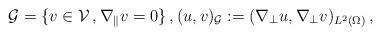
LaTeX: \begin{align*}\mathcal{G}=\{v\in \mathcal{V}\,,\nabla _{\|}v=0\}\,, (u,v)_{\mathcal{G}}:=(\nabla_\perp u,\nabla_\perp v)_{L^2(\Omega)}\,,\end{align*}